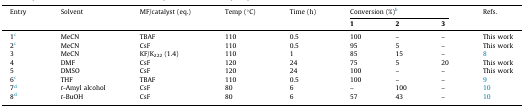
| <ROWSPAN=2> Entry | <ROWSPAN=2> Solvent | <ROWSPAN=2> MF/catalyst (eq.) | <ROWSPAN=2> Temp (°C) | <ROWSPAN=2> Time (h) | <COLSPAN=3> Conversion (%)b | <ROWSPAN=2> Refs. |
 | 1 | 2 | 3 |
 | --- | --- | --- | --- | --- | --- | --- | --- | --- |
 | 1c | MeCN | TBAF | 110 | 0.5 | 100 | – | – | This work |
 | 2c | MeCN | CsF | 110 | 0.5 | 95 | 5 | – | This work |
 | 3 | MeCN | KF/K222 (1.4) | 110 | 1 | 85 | 15 | – | 8 |
 | 4 | DMF | CsF | 120 | 24 | 75 | 5 | 20 | This work |
 | 5 | DMSO | CsF | 120 | 24 | 100 | – | – | This work |
 | 6c | THF | TBAF | 110 | 0.5 | 100 | – | – | 9 |
 | 7d | t-Amyl alcohol | CsF | 80 | 6 | – | 100 | – | 10 |
 | 8d | t-BuOH | CsF | 80 | 6 | 57 | 43 | – | 10 |